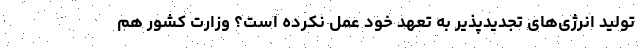
تولید انرژی‌های تجدیدپذیر به تعهد خود عمل نکرده است؟ وزارت کشور هم